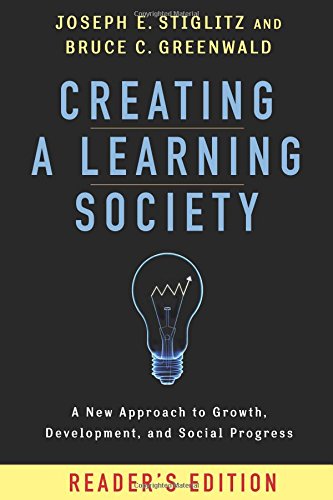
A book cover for Creating a Learning Society: A New Approach to Growth, Development, and Social Progress (Kenneth J. Arrow Lecture Series); Joseph E. Stiglitz; Business & Money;